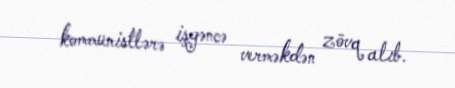
kommunistlərə işgəncə verməkdən zövq alıb.